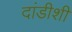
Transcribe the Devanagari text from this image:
दांडीशी